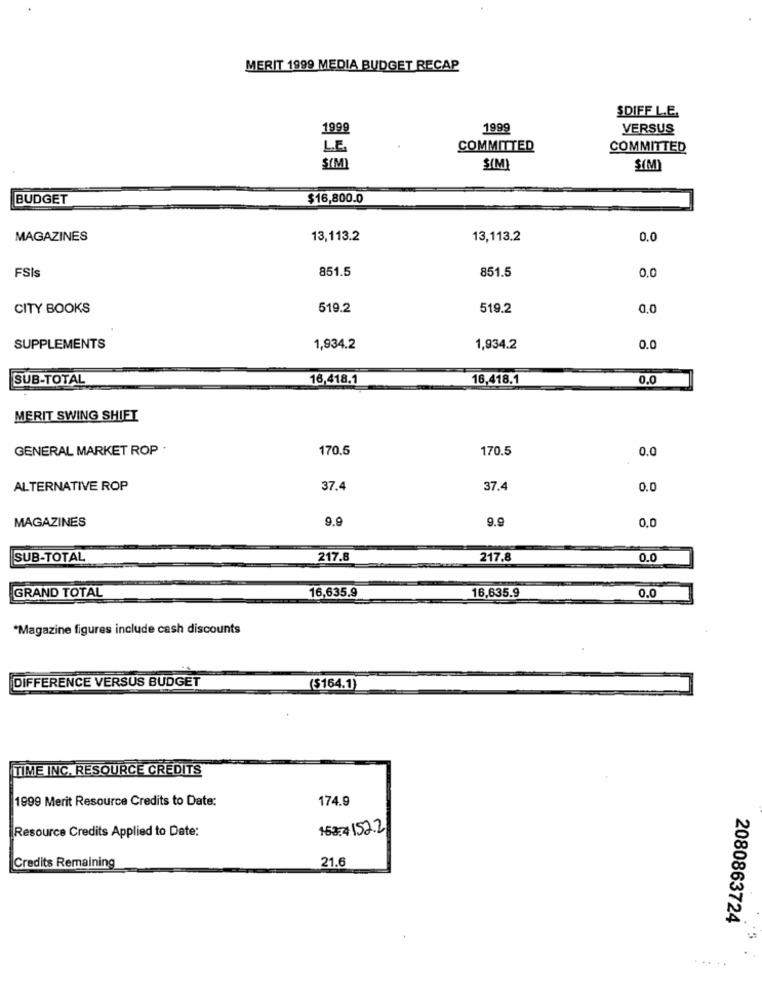
MERIT 1999 MEDIA BUDGET RECAP
SDIFF L.E.
1999
1999
VERSUS
LE
COMMITTED
COMMITTED
SIM
SIM)
$(M)
BUDGET
$16,800.0
MAGAZINES
13,113.2
13,113.2
0.0
851.5
851.5
0.0
FSIs
CITY BOOKS
519.2
519.2
0,0
SUPPLEMENTS
1,934.2
1,934.2
0.0
SUB-TOTAL
16,418.1
16,418.1
0.0
MERIT SWING SHIFT
GENERAL MARKET ROP .
170.5
170.5
0.0
ALTERNATIVE ROP
37.4
37.4
0.0
MAGAZINES
9.9
9.9
0.0
SUB-TOTAL
217.8
217.8
0.0
16,635.9
GRAND TOTAL
16,635.9
0.0
*Magazine figures include cash discounts
DIFFERENCE VERSUS BUDGET
($164.1)
TIME INC. RESOURCE CREDITS
1999 Merit Resource Credits to Date:
174.9
Resource Credits Applied to Date:
163:4 152.2
Credits Remaining
21.6
2080863724